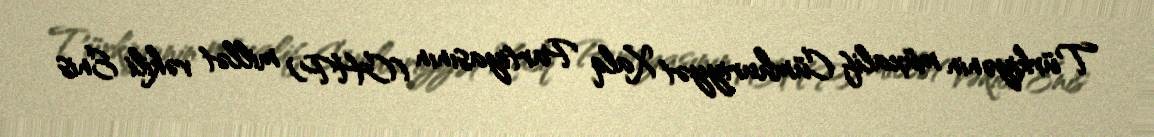
Türkiyənin müxalif Cümhuriyyət Xalq Partiyasının (CHP) millət vəkili Enis